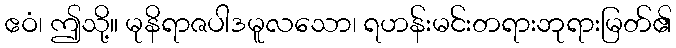
ဧဝံ၊ ဤသို့။ မုနိရာဇပါဒမူလသော၊ ရဟန်းမင်းတရားဘုရားမြတ်၏